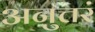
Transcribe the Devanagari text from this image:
अनुत्तरं